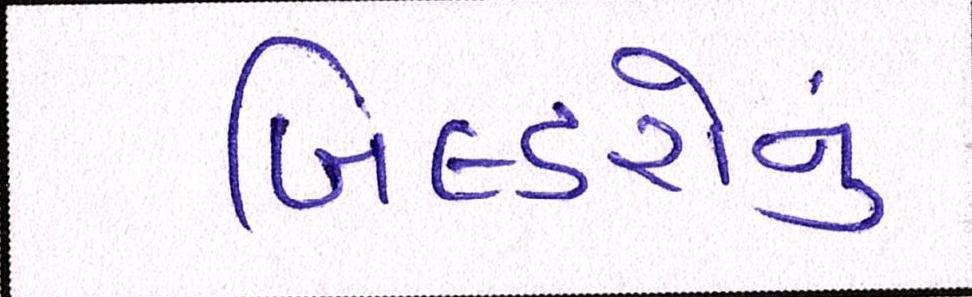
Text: બિલ્ડરોનું